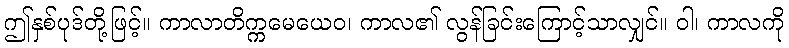
ဤနှစ်ပုဒ်တို့ဖြင့်။ ကာလာတိက္ကမေယေဝ၊ ကာလ၏ လွန်ခြင်းကြောင့်သာလျှင်။ ဝါ၊ ကာလကို